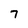
Character: 7